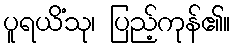
ပူရယိံသု၊ ပြည့်ကုန်၏။